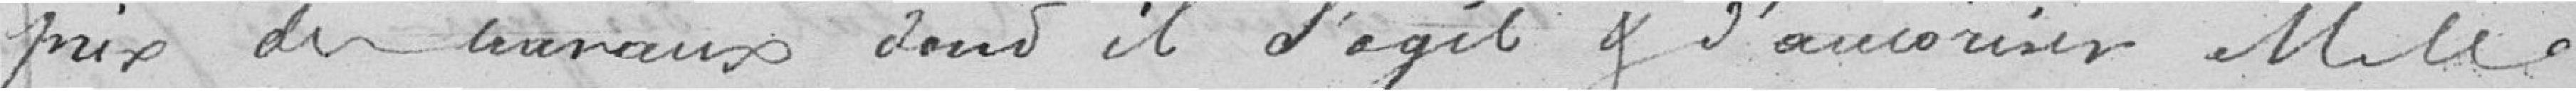
prix des travaux dont il s'agit  et d'autoriser Monsieur le